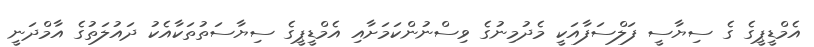
އެމްޑީޕީގެ ގެ ސިޔާސީ ފަލްސަފާއަކީ މެދުމިނުގެ ވިސްނުންކަމަށާއި އެމްޑީޕީގެ ސިޔާސަތުތަކާއެކު ދައުލަތުގެ އާމްދަނީ